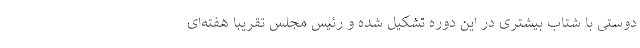
دوستی با شتاب بیشتری در این دوره تشکیل شده ‌و رئیس مجلس تقریبا هفته‌ای